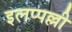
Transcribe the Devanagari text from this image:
इलप्पल्ली